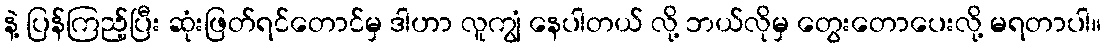
နဲ့ ပြန်ကြည့်ပြီး ဆုံးဖြတ်ရင်တောင်မှ ဒါဟာ လူကျွံ နေပါတယ် လို့ ဘယ်လိုမှ တွေးတောပေးလို့ မရတာပါ။